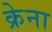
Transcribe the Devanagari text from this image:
क्रेना